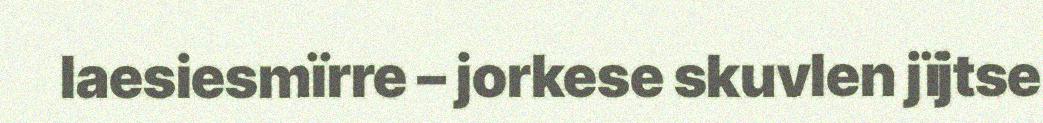
laesiesmïrre – jorkese skuvlen jïjtse